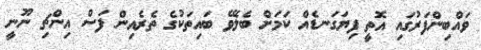
ވައްބިންފަރުގައި އޮތީ ފިޔަގަނޑެއް ކަމަށް ބެލެވޭ ބައިތަކުގެ ތެރެއިން ފަސް އިންޗި ނޫނީ